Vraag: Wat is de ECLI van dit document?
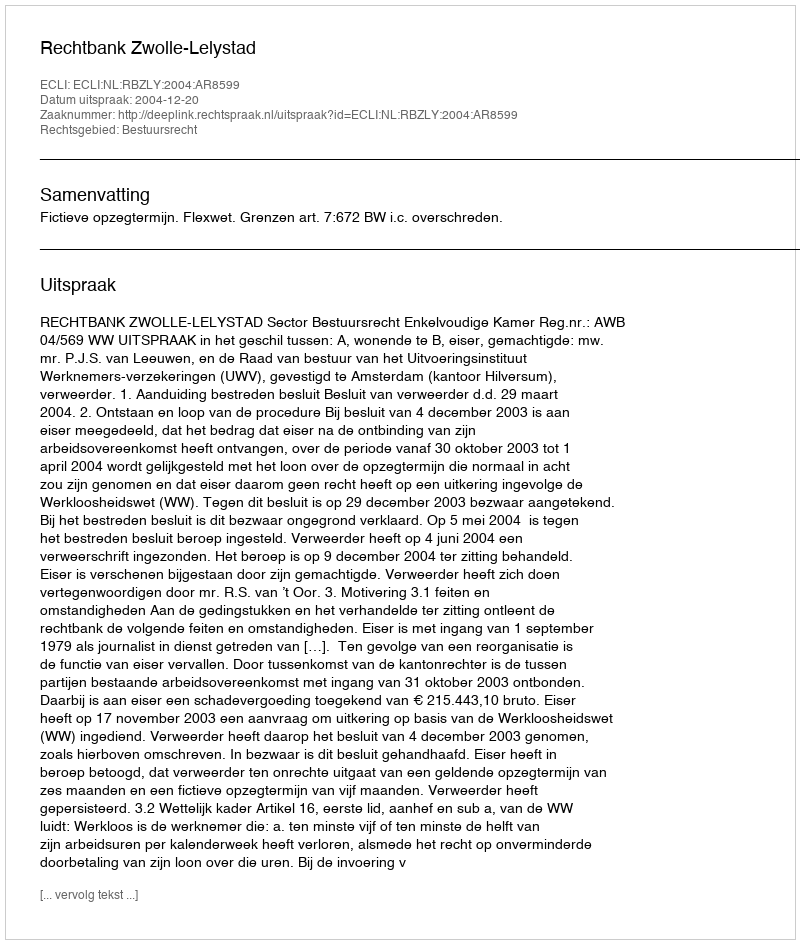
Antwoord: ECLI:NL:RBZLY:2004:AR8599